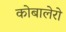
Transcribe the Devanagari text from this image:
कोबालेरो